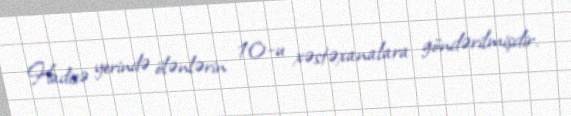
Hadisə yerində ölənlərin 10-u xəstəxanalara göndərilmişdir.